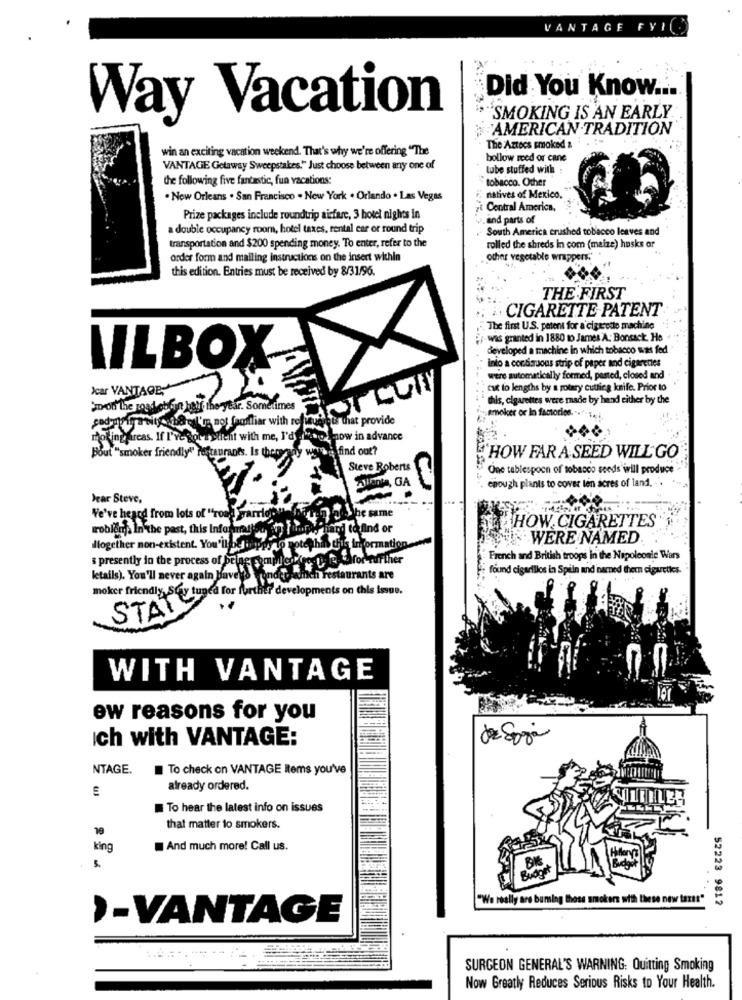
VANTAGE FYI(
Did You Know ....
Way Vacation
`SMOKING IS AN EARLY
AMERICAN .TRADITION
win an exciting vacation weekend. That's why we're offering "The
The Aztecs smoked &
bollow reed or cane
VANTAGE Gotaway Sweepstakes." Just choose between any one of
tube stuffed with
the following five fantastic, fun vacations:
tobacco. Other
. New Orleans . San Francisco . New York . Orlando . Las Vegas
natives of Mexico,
Central America.
Prize packages include roundtrip airfare, 3 hotel nights in
. and parts of
a double occupancy room, hotel taxes, rental car or round trip
South America crushed tobacco leaves and
transportation and $200 spending money. To enter, refer to the
rolled the shreds in com (maize) husks or
order form and mailing instructions on the insert within
other vegetable wrappers."
this edition. Entries must be received by 8/31/96.
THE FIRST
.. CIGARETTE PATENT
The first U.S. patent for a cigarette machine
- was granted in 1880 to James A. Bonsack. He
developed a machine in which tobacco was fed
LILBOX
into a continuous strip of paper and cigarettes
were automatically formed, pasted, closed and
Jear VANTAGE,
cut to lengths by a rotary cuttica knife. Prior to
I'm not Confiar with MALUty
this, cigarettes were made by hand either by the
Sm-on the roadebion half the year. Sometimes
Hvert that provide
smoker or lo factories .... si
moking arcas. If I've gotaylicht with me, I'dtaking now in advance
Bout "smoker friendly" restaurants. Is thereany way
find out?
HOW FAR A SEED WILL GO
Steve Roberts
One tablespoon of tobacco seeds will produce
enough plants to cover ten acres of land. ..
Jear Steve,
The same
We've heard from lots of "road varrie
problems In the past, this Informat !!
HOW, CIGARETTES
WERE NAMED
Hlogether non-existent. You'll be wipp
& presently in the process of be
Further
French and British troops in the Napoleonle Wars
found cigarillos in Spiin and named thern cigarettes-
letails). You'll never again Havey&
aurants are
moker friendly Stay tuned for further developments on this issue.
STAT
WITH VANTAGE
ew reasons for you
ich with VANTAGE:
de Soja
NTAGE.
To check on VANTAGE Items you've
already ordered.
To hear the latest info on issues
19
that matter to smokers.
king
And much more! Call us.
Budor
"We really are burning those smokers with these new taxes"
52223 9812
›-VANTAGE
SURGEON GENERAL'S WARNING: Quitting Smoking
Now Greatly Reduces Serious Risks to Your Health.